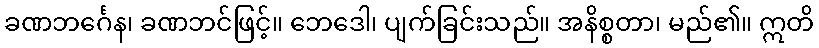
ခဏဘင်္ဂေန၊ ခဏဘင်ဖြင့်။ ဘေဒေါ၊ ပျက်ခြင်းသည်။ အနိစ္စတာ၊ မည်၏။ ဣတိ